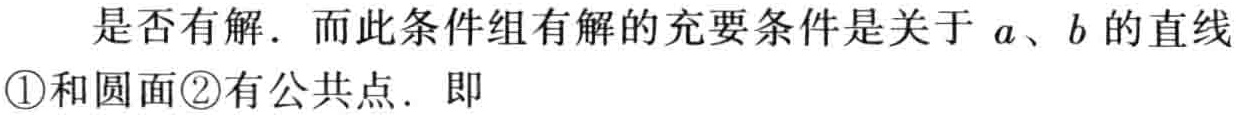
是否有解．而此条件组有解的充要条件是关于 \(a、b\) 的直线
\textcircled{1}和圆面\textcircled{2}有公共点．即